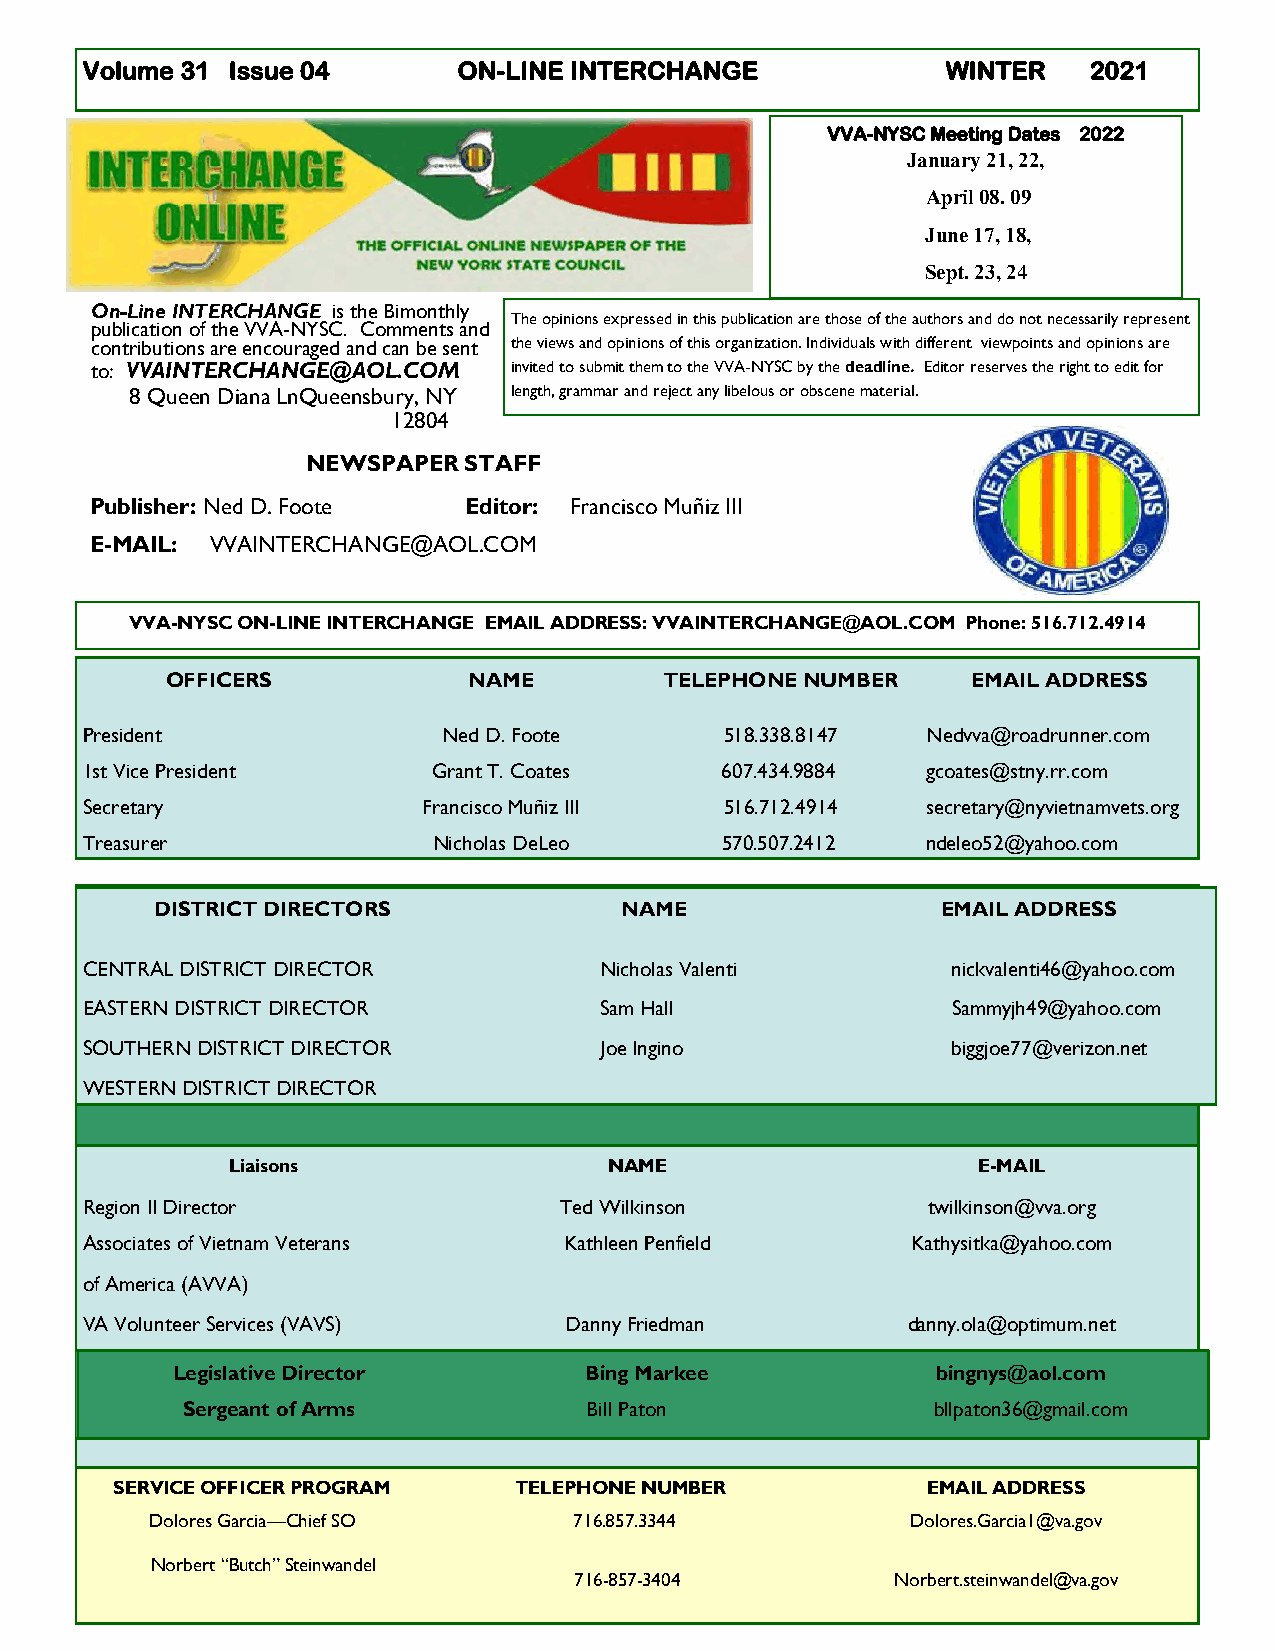
Volume 31 Issue 04       ON-LINE INTERCHANGE              WINTER   2021
 VVA-NYSC Meeting Dates 2022
 January 21, 22,
 April 08. 09
 June 17, 18,
 Sept. 23, 24
 On-Line INTERCHANGE is the Bimonthly
 The opinions expressed in this publication are those of the authors and do not necessarily represent
 publication of the VVA-NYSC. Comments and
 contributions are encouraged and can be sent the views and opinions of this organization. Individuals with different viewpoints and opinions are
 to: VVAINTERCHANGE@AOL.COM  invited to submit them to the VVA-NYSC by the deadline. Editor reserves the right to edit for
 8 Queen Diana LnQueensbury, NY le n g t h , grammar and reject any libelous or obscene material.
 12804
 NEWSPAPER  STAFF
 Publisher: Ned D. Foote  Editor: Francisco Muñiz III
 E-MAIL: VVAINTERCHANGE@AOL.COM
 VVA-NYSC ON-LINE INTERCHANGE EMAIL ADDRESS: VVAINTERCHANGE@AOL.COM Phone: 516.712.4914
 OFFICERS            NAME         TELEPHONE NUMBER    EMAIL ADDRESS
 President               Ned D. Foote       518.338.8147 Nedvva@roadrunner.com
 1st Vice President      Grant T. Coates    607.434.9884 gcoates@stny.rr.com
 Secretary              Francisco Muñiz III 516.712.4914 secretary@nyvietnamvets.org
 Treasurer               Nicholas DeLeo     570.507.2412 ndeleo52@yahoo.com
 DDIISSTTRRIICCTT D DIRIREECCTOTORSR S NNAAMME E     EEMMAAILI LA DADDRDERSES SS
 CENTRAL DISTRICT DIRECTOR        Nicholas Valenti
 CENTRAL DISTRICT DIRECTOR          Nicholas Valenti       nickvalenti46@yahoo.com
 EASTERN DISTRICT DIRECTOR        Sam Hall               Sammyjh49@yahoo.com
 EASTERN DISTRICT DIRECTOR          Sam Hall               Sammyjh49@yahoo.com
 SOUTHERN DISTRICT DIRECTOR
 SOUTHERN DISTRICT DIRECTOR         Joe Ingino             biggjoe77@verizon.net
 WESTERN DISTRICT DIRECTOR                         …………
 WESTERN DISTRICT DIRECTOR
 Liaisons                 NAME                     E-MAIL
 Region II Director              Ted Wilkinson           twilkinson@vva.org
 Associates of Vietnam Veterans  Kathleen Penfield      Kathysitka@yahoo.com
 of America (AVVA)
 VA Volunteer Services (VAVS)    Danny Friedman         danny.ola@optimum.net
 Legislative Director        Bing Markee            bingnys@aol.com
 Sergeant of Arms           Bill Paton             bllpaton3 6@gmail.com
 SERVICE OFFICER PROGRAM    TELEPHONE NUMBER           EMAIL ADDRESS
 Dolores Garcia—Chief SO     716.857.3344          Dolores.Garcia1@va.gov
 Norbert “Butch” Steinwandel
 716-857-3404         Norbert.steinwandel@va.gov